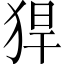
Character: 猂